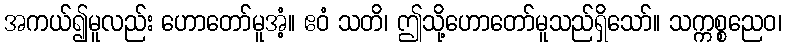
အကယ်၍မူလည်း ဟောတော်မူအံ့။ ဧဝံ သတိ၊ ဤသို့ဟောတော်မူသည်ရှိသော်။ သက္ကစ္စညေဝ၊